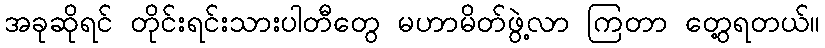
အခုဆိုရင် တိုင်းရင်းသားပါတီတွေ မဟာမိတ်ဖွဲ့လာ ကြတာ တွေ့ရတယ်။